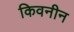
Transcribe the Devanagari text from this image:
किवनीन